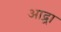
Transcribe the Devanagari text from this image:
आद्र्रा